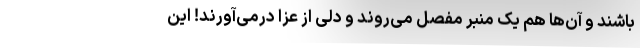
باشند و آن‌ها هم یک منبر مفصل می‌روند و دلی از عزا درمی‌آورند! این